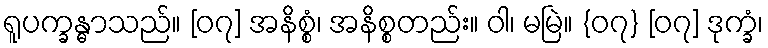
ရူပက္ခန္ဓာသည်။ [၀၇] အနိစ္စံ၊ အနိစ္စတည်း။ ဝါ၊ မမြဲ။ {၀၇} [၀၇] ဒုက္ခံ၊